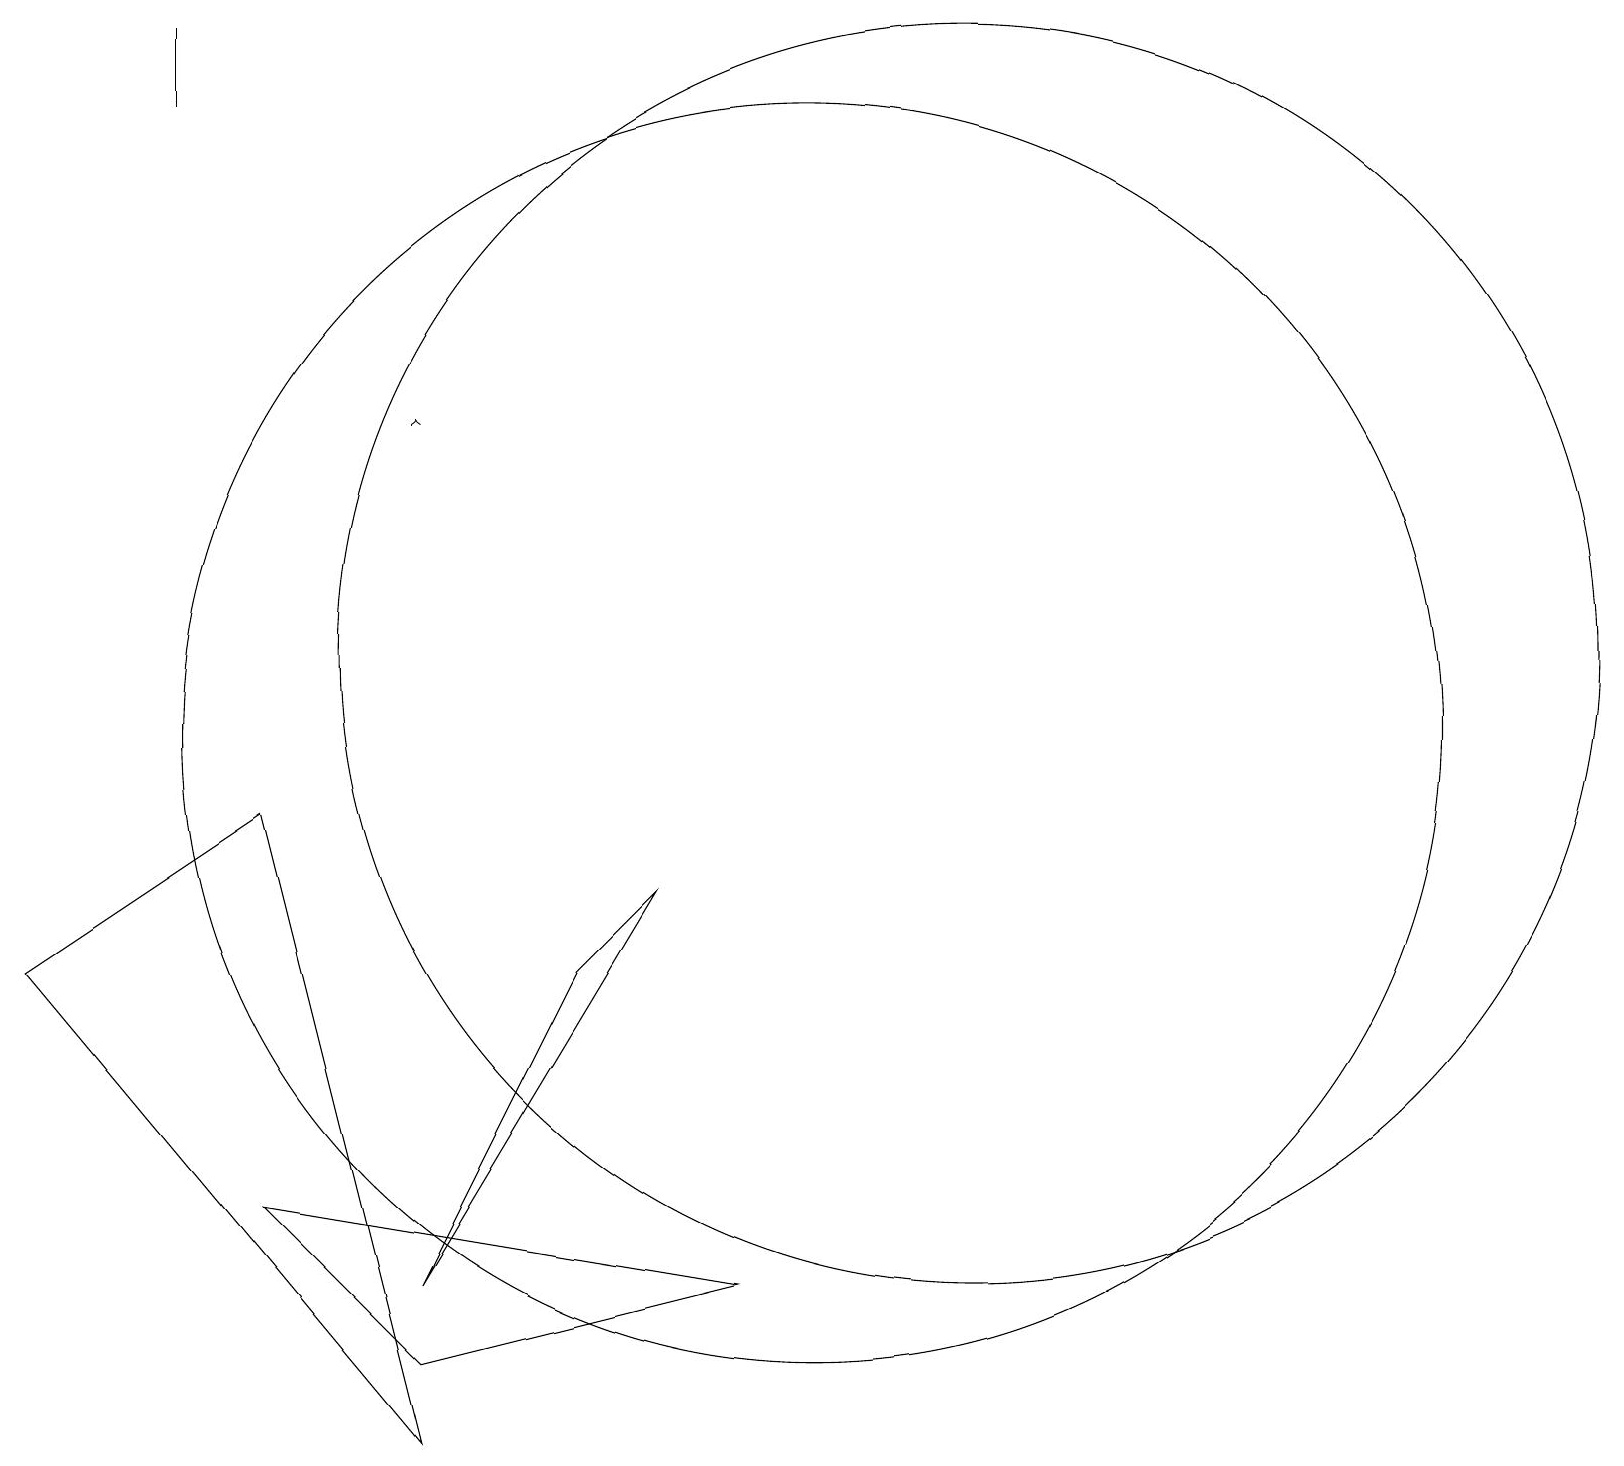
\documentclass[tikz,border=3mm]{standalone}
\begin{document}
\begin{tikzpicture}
\draw (5,3) -- (8,8) -- (7,7) -- cycle;
\draw[->] (5,14) -- (5,14);
\draw (3,9) -- (5,1) -- (0,7) -- cycle;
\draw (2,19) rectangle (2,18);
\draw (9,3) -- (5,2) -- (3,4) -- cycle;
\draw (12,11) circle (8);
\draw (10,10) circle (8);
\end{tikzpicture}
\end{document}